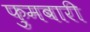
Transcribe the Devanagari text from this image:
फ़ुमबारी